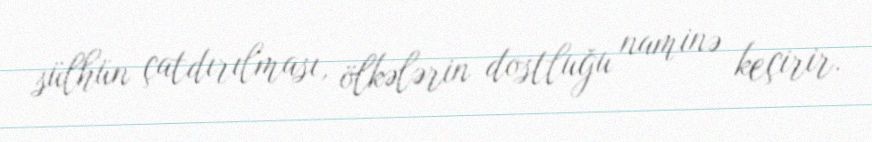
sülhün çatdırılması, ölkələrin dostluğu naminə keçirir.